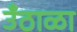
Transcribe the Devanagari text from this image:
उँठाळा